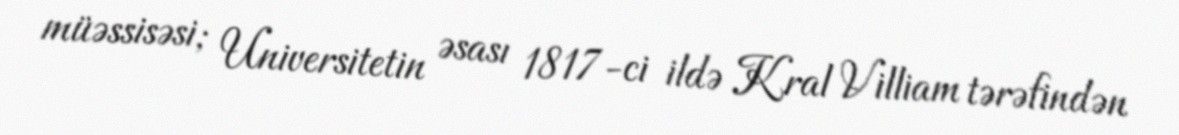
müəssisəsi; Universitetin əsası 1817-ci ildə Kral Villiam tərəfindən